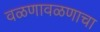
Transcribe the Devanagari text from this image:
वळणावळणाचा